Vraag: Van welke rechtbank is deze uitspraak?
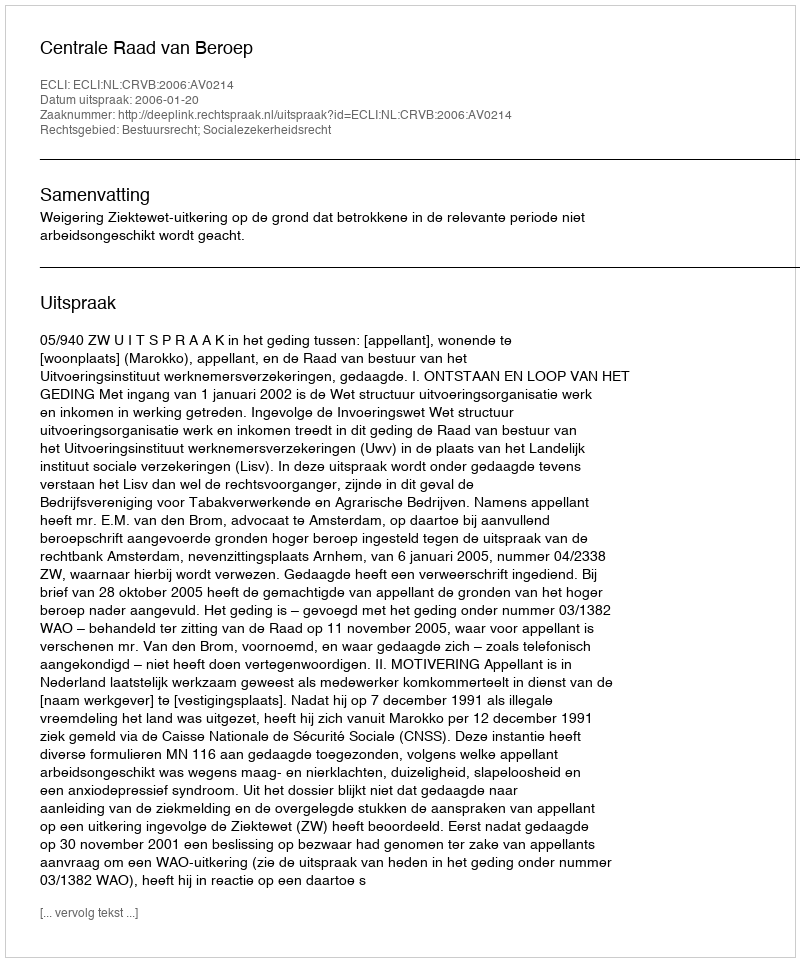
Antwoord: Centrale Raad van Beroep